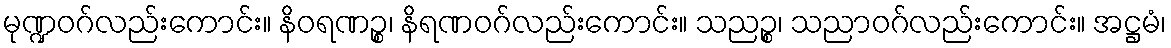
မုဏ္ဍဝဂ်လည်းကောင်း။ နိဝရဏဉ္စ၊ နိရဏဝဂ်လည်းကောင်း။ သညဉ္စ၊ သညာဝဂ်လည်းကောင်း။ အဋ္ဌမံ၊